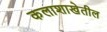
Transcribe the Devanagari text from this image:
कलाशाखेतील